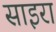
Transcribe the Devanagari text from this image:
साइरा